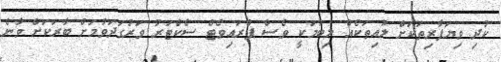
ކުދި ވިޔަފާރިތަކަށް ލުއިތަކެއް ލިބުމަކީ ވެސް ޕްރައިވެޓް ސެކްޓަރު ވަރުގަދަވުމަށް ބާރަކަށް ވާނެ